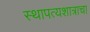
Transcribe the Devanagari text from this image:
स्थापत्यशात्राचा